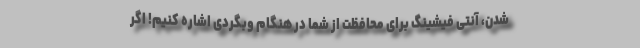
شدن، آنتی فیشینگ برای محافظت از شما در هنگام وبگردی اشاره کنیم! اگر